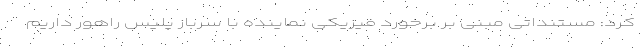
کرد: مستنداتی مبنی بر برخورد فیزیکی نماینده با سرباز پلیس راهور داریم